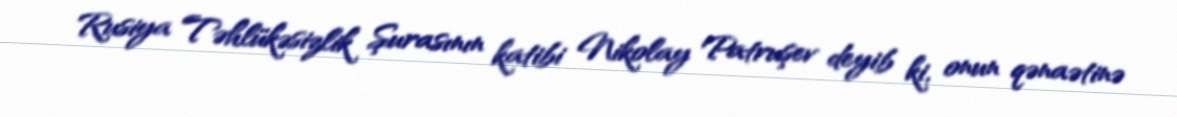
Rusiya Təhlükəsizlik Şurasının katibi Nikolay Patruşev deyib ki, onun qənaətinə